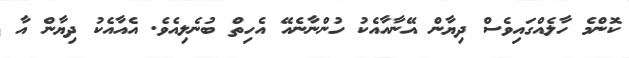
ކޮންމެ ހާލެއްގައިވެސް ދިޔާން އޭނާއާއެކު ހުންނާނެއޭ އެހިތް ބުނެލިއެވެ. އެއާއެކު ދިޔާން އާ